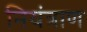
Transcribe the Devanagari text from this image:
नियंत्राण